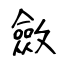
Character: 斂